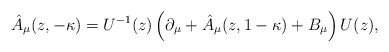
\begin{align*}\hat A_\mu(z,-\kappa)= U^{-1}(z)\left(\partial_{\mu}+\hat A_\mu(z,1-\kappa)+B_\mu\right)U(z),\end{align*}